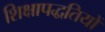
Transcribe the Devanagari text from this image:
शिक्षापद्धतियों